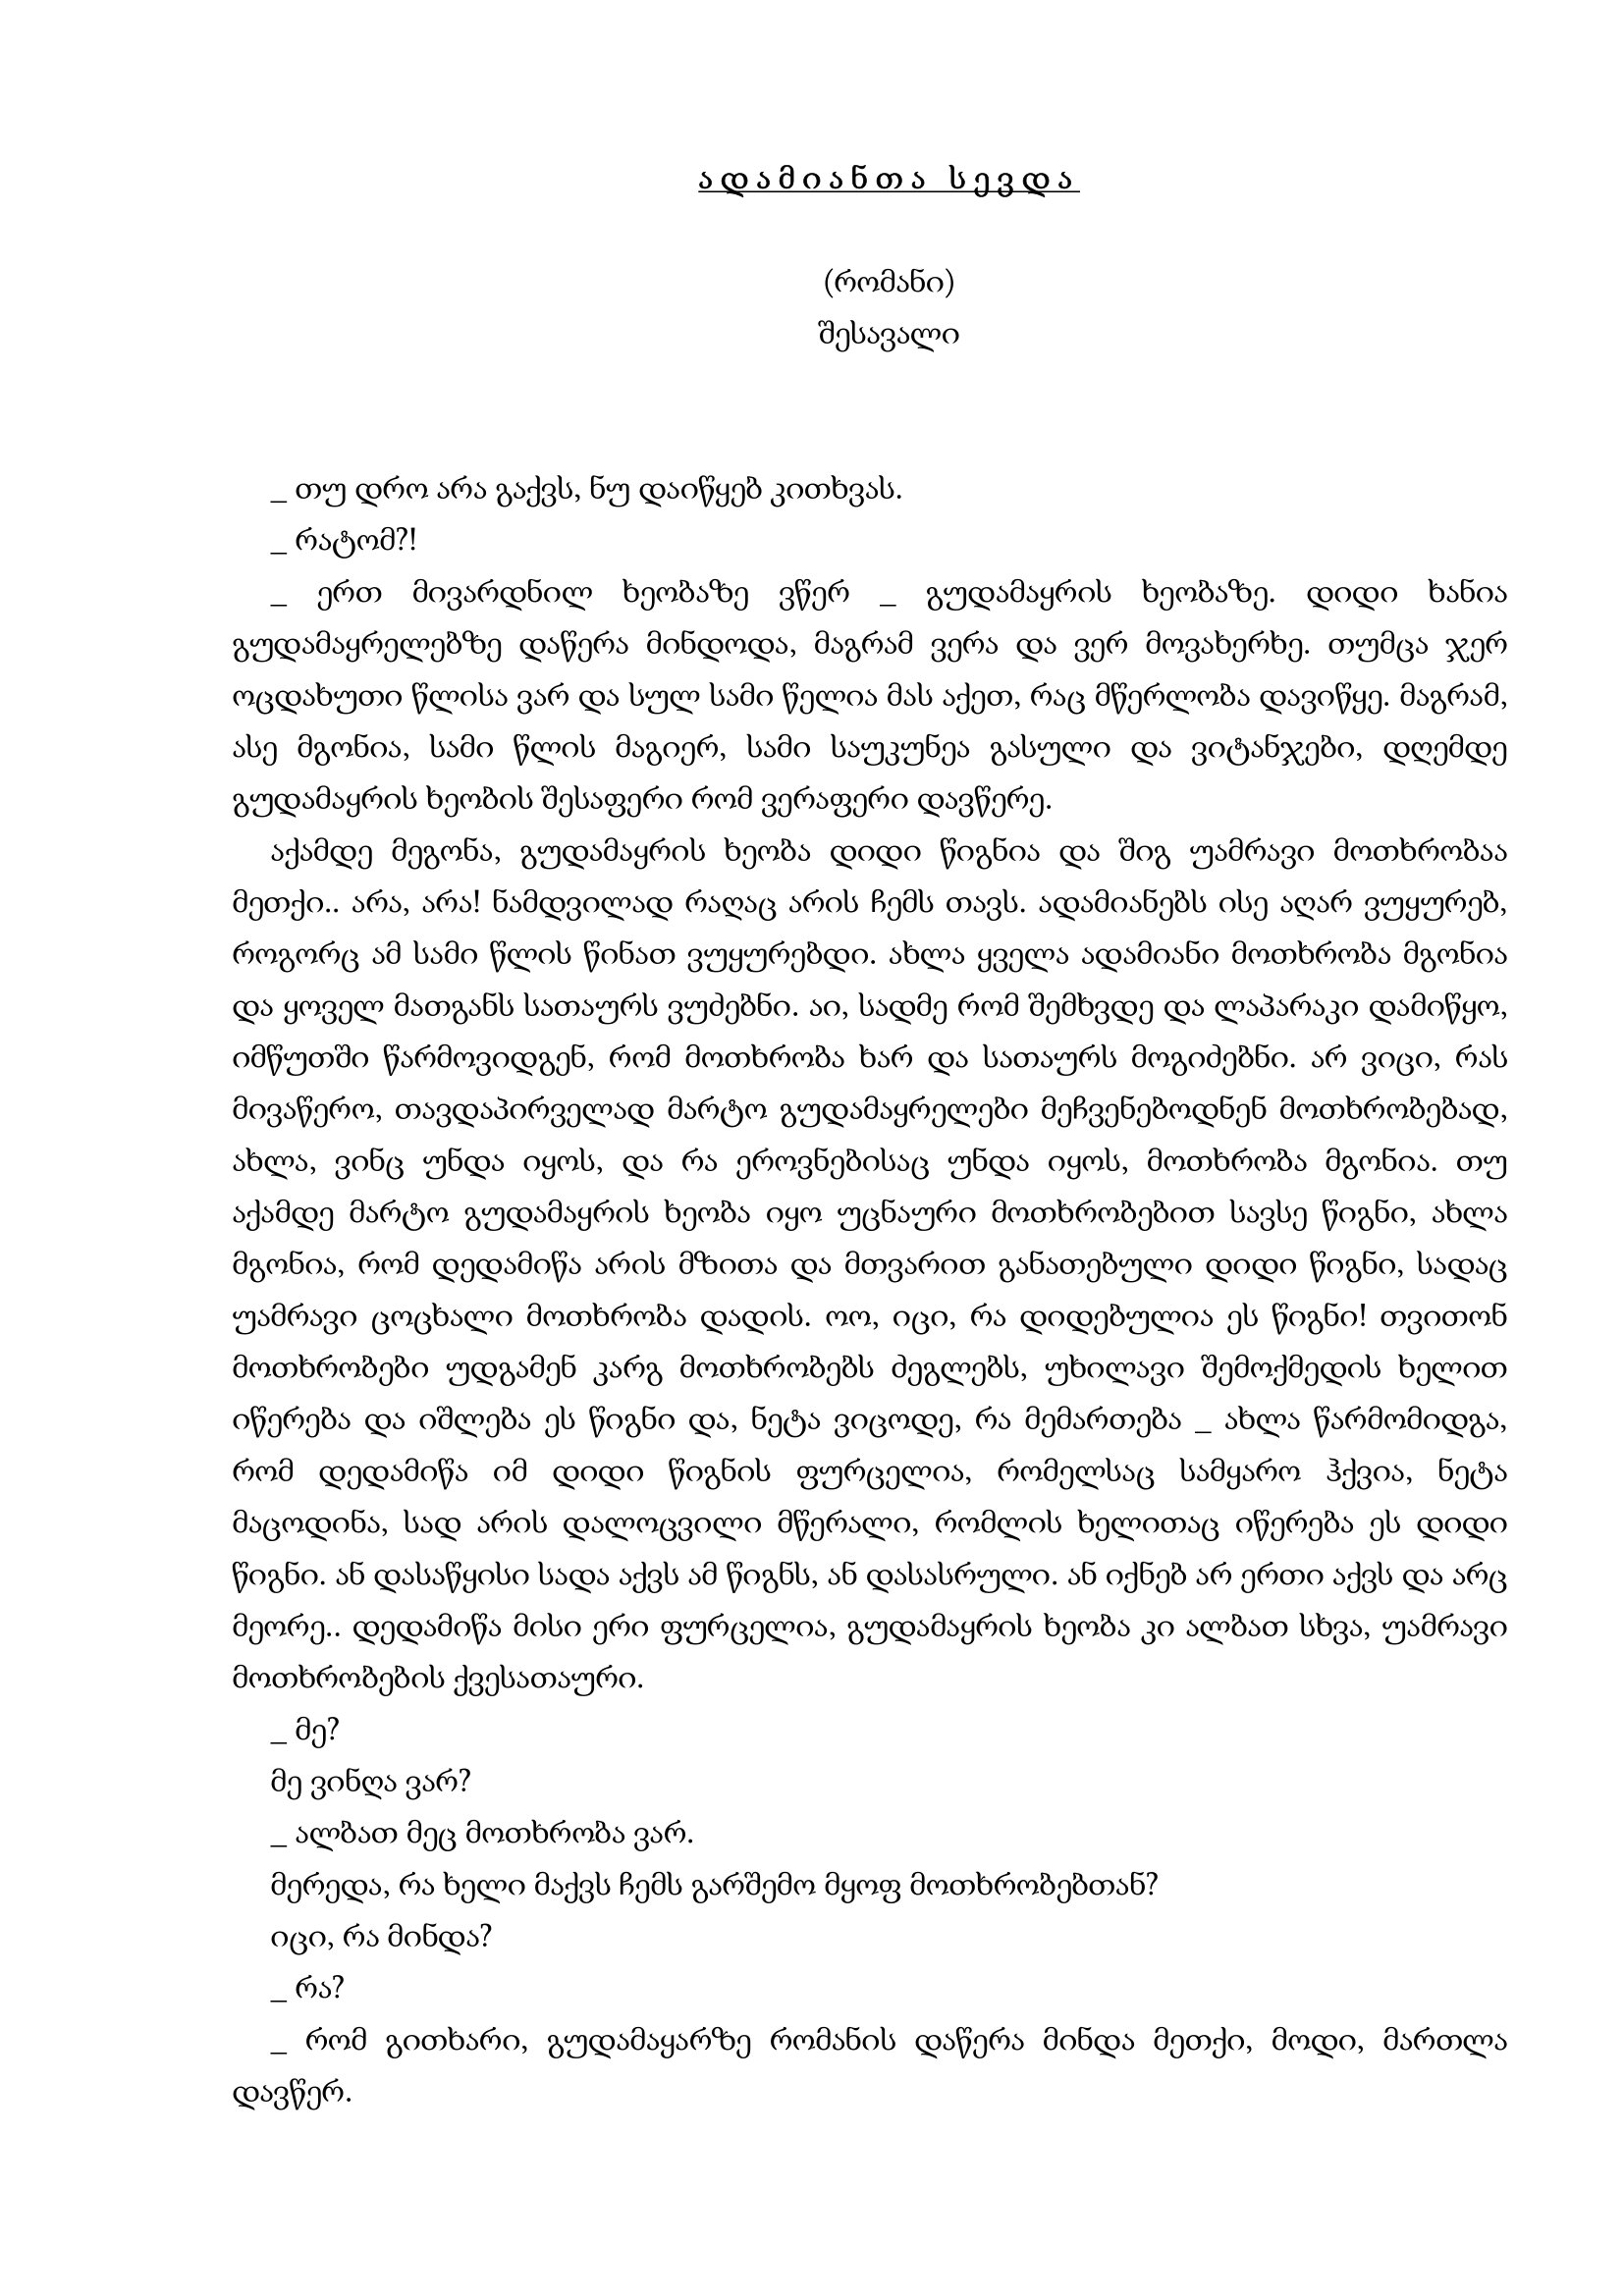
Language: gr